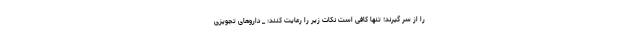
را از سر گیرند؛ تنها کافی است نکات زیر را رعایت کنند: _ داروهای تجویزی